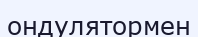
ондулятормен